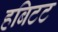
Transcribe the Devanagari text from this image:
हबिटट